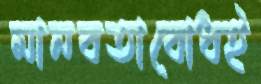
মানবতাবোধই